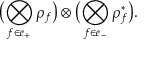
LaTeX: \bigl ( \bigotimes _ { f \in e _ { + } } \rho _ { f } \bigr ) \otimes \bigl ( \bigotimes _ { f \in e _ { - } } \rho _ { f } ^ { \ast } \bigr ) .